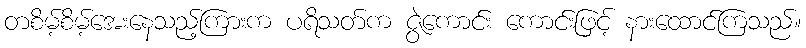
တစိမ့်စိမ့်အေးနေသည့်ကြားက ပရိသတ်က ဇွဲကောင်း ကောင်းဖြင့် နားထောင်ကြသည်။